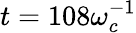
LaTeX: t=108\omega_{c}^{-1}